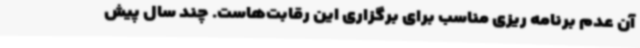
آن عدم برنامه ریزی مناسب برای برگزاری این رقابت‌هاست. چند سال پیش